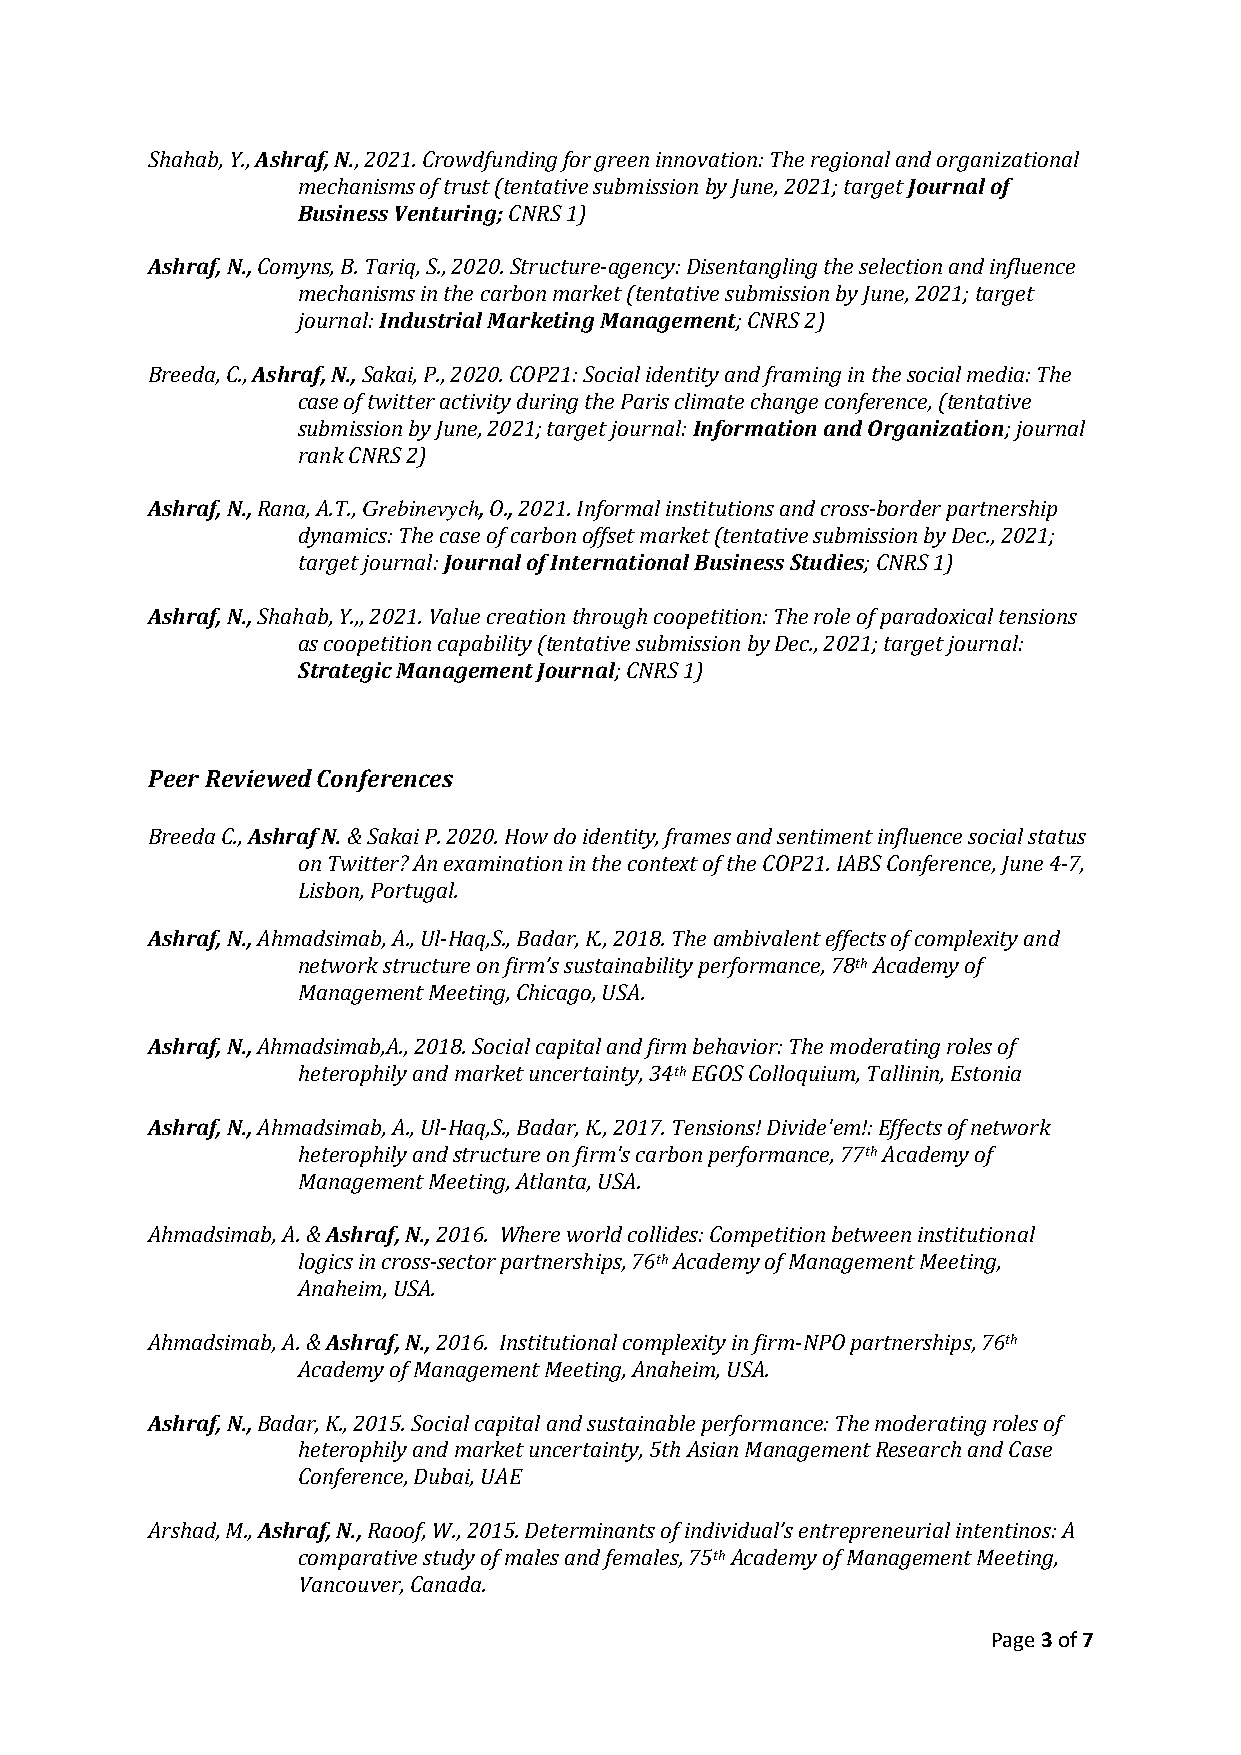
Shahab, Y., Ashraf, N., 2021. Crowdfunding for green innovation: The regional and organizational
 mechanisms of trust (tentative submission by June, 2021; target Journal of
 Business Venturing; CNRS 1)
 Ashraf, N., Comyns, B. Tariq, S., 2020. Structure-agency: Disentangling the selection and influence
 mechanisms in the carbon market (tentative submission by June, 2021; target
 journal: Industrial Marketing Management; CNRS 2)
 Breeda, C., Ashraf, N., Sakai, P., 2020. COP21: Social identity and framing in the social media: The
 case of twitter activity during the Paris climate change conference, (tentative
 submission by June, 2021; target journal: Information and Organization; journal
 rank CNRS 2)
 Ashraf, N., Rana, A.T., Grebinevych, O., 2021. Informal institutions and cross-border partnership
 dynamics: The case of carbon offset market (tentative submission by Dec., 2021;
 target journal: Journal of International Business Studies; CNRS 1)
 Ashraf, N., Shahab, Y.,, 2021. Value creation through coopetition: The role of paradoxical tensions
 as coopetition capability (tentative submission by Dec., 2021; target journal:
 Strategic Management Journal; CNRS 1)
 Peer Reviewed Conferences
 Breeda C., Ashraf N. & Sakai P. 2020. How do identity, frames and sentiment influence social status
 on Twitter? An examination in the context of the COP21. IABS Conference, June 4-7,
 Lisbon, Portugal.
 Ashraf, N., Ahmadsimab, A., Ul-Haq,S., Badar, K., 2018. The ambivalent effects of complexity and
 network structure on firm’s sustainability performance, 78th Academy of
 Management Meeting, Chicago, USA.
 Ashraf, N., Ahmadsimab,A., 2018. Social capital and firm behavior: The moderating roles of
 heterophily and market uncertainty, 34th EGOS Colloquium, Tallinin, Estonia
 Ashraf, N., Ahmadsimab, A., Ul-Haq,S., Badar, K., 2017. Tensions! Divide'em!: Effects of network
 heterophily and structure on firm's carbon performance, 77th Academy of
 Management Meeting, Atlanta, USA.
 Ahmadsimab, A. & Ashraf, N., 2016. Where world collides: Competition between institutional
 logics in cross-sector partnerships, 76th Academy of Management Meeting,
 Anaheim, USA.
 Ahmadsimab, A. & Ashraf, N., 2016. Institutional complexity in firm-NPO partnerships, 76th
 Academy of Management Meeting, Anaheim, USA.
 Ashraf, N., Badar, K., 2015. Social capital and sustainable performance: The moderating roles of
 heterophily and market uncertainty, 5th Asian Management Research and Case
 Conference, Dubai, UAE
 Arshad, M., Ashraf, N., Raoof, W., 2015. Determinants of individual’s entrepreneurial intentinos: A
 comparative study of males and females, 75th Academy of Management Meeting,
 Vancouver, Canada.
 Page 3 of 7